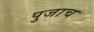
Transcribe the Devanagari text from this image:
पुजाच